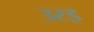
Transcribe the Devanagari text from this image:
उरइ